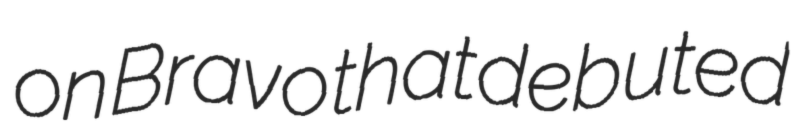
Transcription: on Bravo that debuted